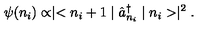
\psi ( n _ { i } ) \propto \mid < n _ { i } + 1 \mid \hat { a } _ { n _ { i } } ^ { \dag } \mid n _ { i } > \mid ^ { 2 } .